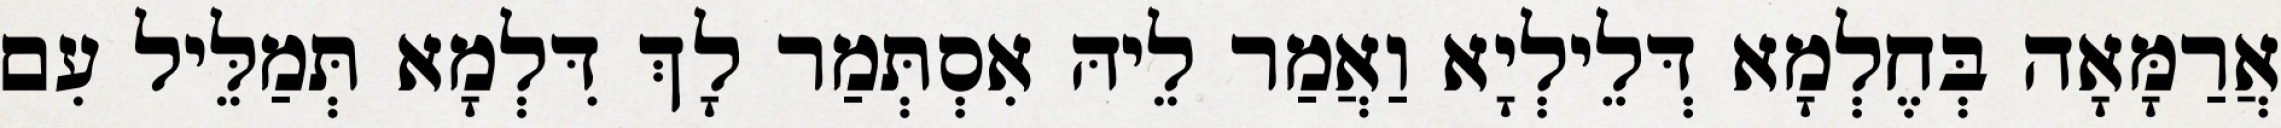
אֲרַמָּאָה בְּחֶלְמָא דְּלֵילְיָא וַאֲמַר לֵיהּ אִסְתְּמַר לָךְ דִּלְמָא תְּמַלֵּיל עִם